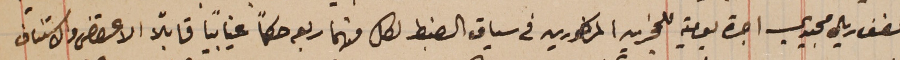
نصف ريال مجيدي اجرة يومية للمجزين المذكورين في سياق الضبط لكل منهما ربعه حكماً غيابياً قابلاً الاعتراض والاستناف